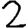
Digit: 2